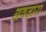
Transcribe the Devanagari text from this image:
अवतारा